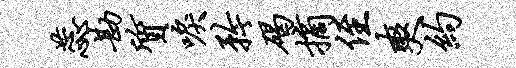
蕊勘质唳矜碣摘侄爽约